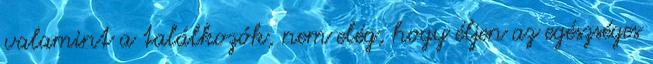
valamint a találkozók, nem elég, hogy éljen az egészséges